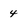
Character: 4